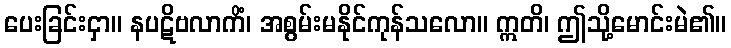
ပေးခြင်းငှာ။ နပဋိဗလာကိံ၊ အစွမ်းမနိုင်ကုန်သလော။ ဣတိ၊ ဤသို့မောင်းမဲ၏။